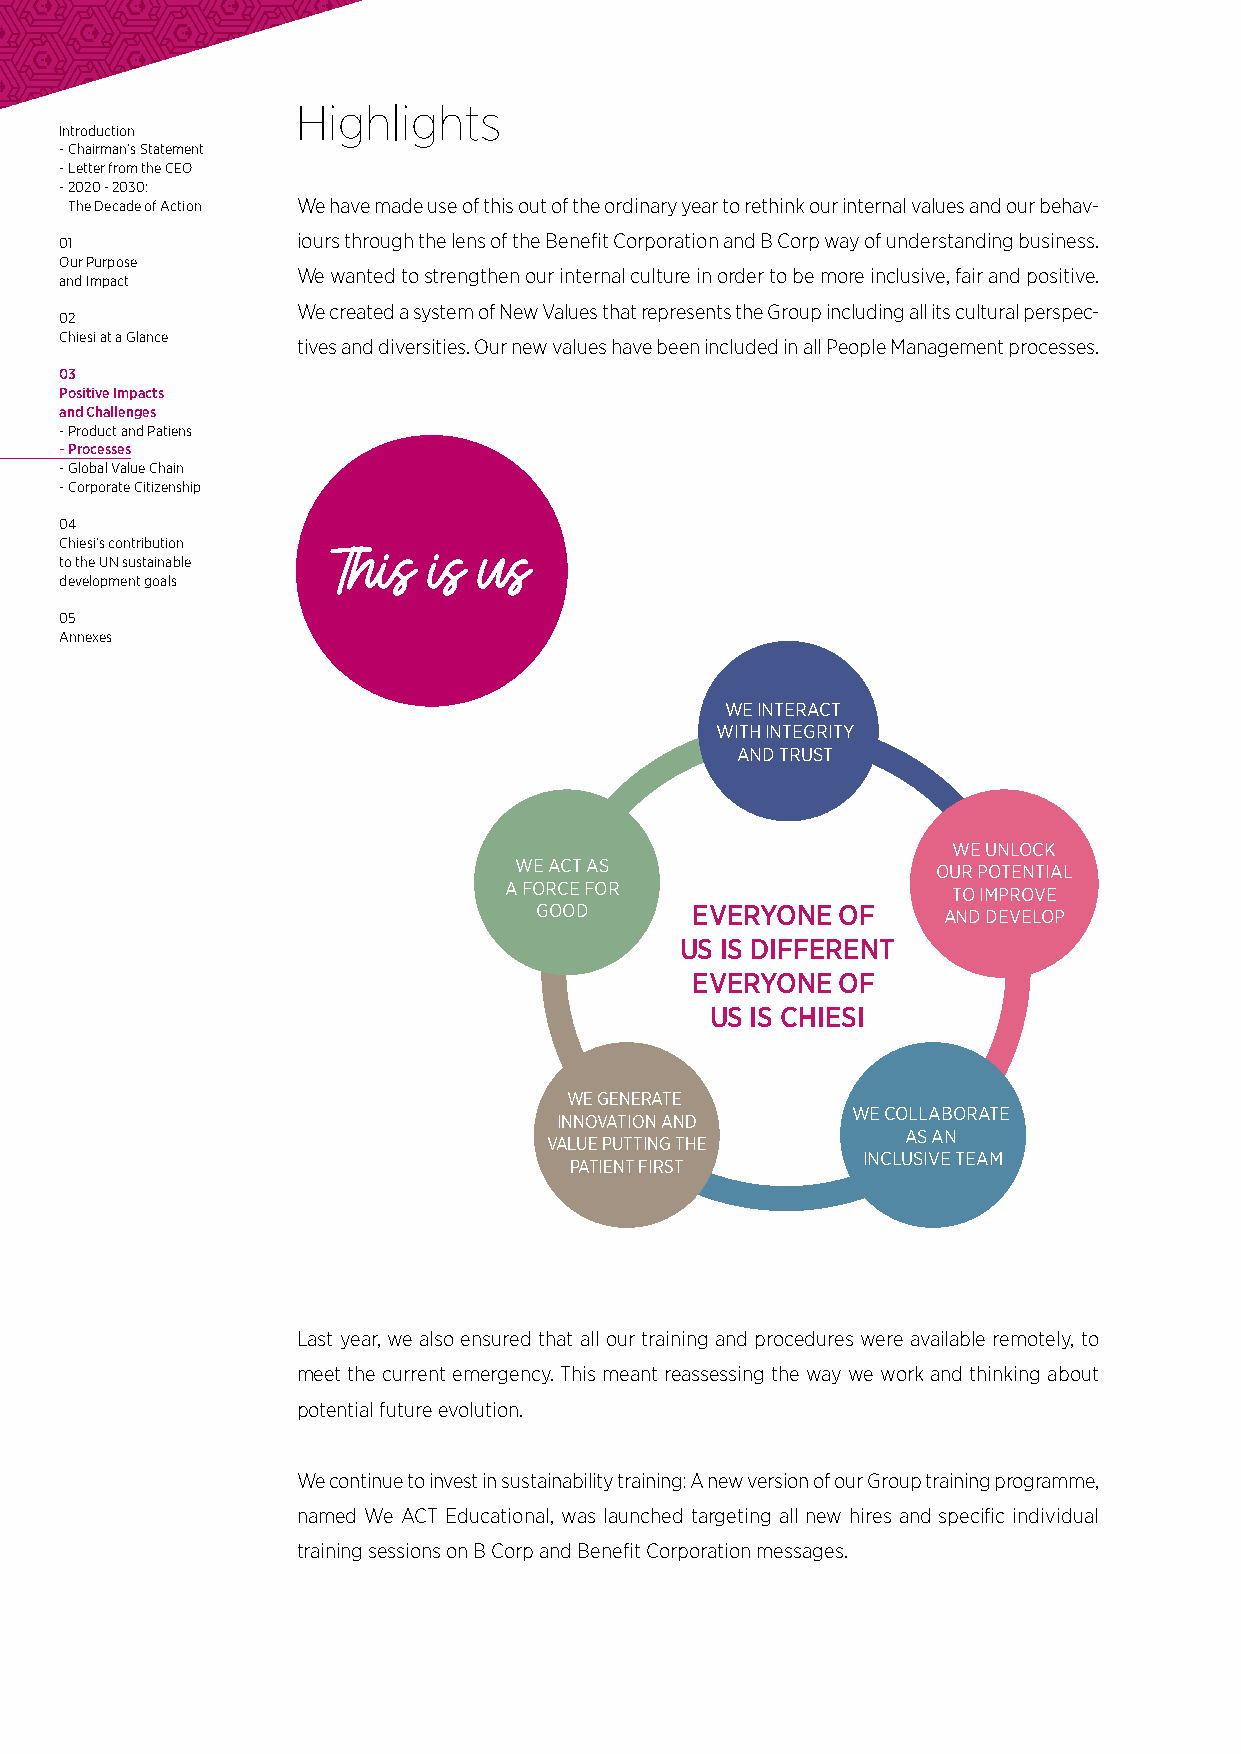
Highlights
 Introduction
 - Chairman’s Statement
 - Letter from the CEO
 - 2020 - 2030:
 The Decade of Action We have made use of this out of the ordinary year to rethink our internal values and our behav-
 01              iours through the lens of the Benefit Corporation and B Corp way of understanding business.
 Our Purpose
 We wanted to strengthen our internal culture in order to be more inclusive, fair and positive.
 and Impact
 We interact
 02
 We created a system of New Values that represents the Group including all witsi tchu litnutreagl prietryspec-
 Chiesi at a Glance tives and diversities. Our new values have been included in all People Manageamnden ttr pursotcesses.
 03
 Positive Impacts
 and Challenges
 - Product and Patiens
 - Processes                                                               We unlock
 We act as
 - Global Value Chain                                                     our potential
 - Corporate Citizenship                      a force
 to improve
 for good
 04                                                                       and develop
 EVERYONE
 Chiesi’s contribution
 to the UN sustainable                                  OF US IS DIFFERENT
 Tdevelophment goialss is us                               EVERYONE
 OF US IS CHIESI
 05
 Annexes
 WE INTEWRAeC gT enerate
 WITH INiTnEnGoRvIaTtYion and We collaborate
 AND T vR aU lS uT e putting as an inclusive
 the patient first     team
 WE UNLOCK
 WE ACT AS                   OUR POTENTIAL
 A FORCE FOR                   TO IMPROVE
 GOOD       EVERYONE  OF    AND DEVELOP
 US IS DIFFERENT
 EVERYONE  OF
 US IS CHIESI
 6,389
 3,162
 53%
 Total workforWceE GENERATE
 WE COLLABORATE women
 INNOVATION AND 5,967 *
 AS AN
 VALUE PUTTING THE
 INCLUSIVE TEAM
 PATIENT FIRST Internal
 533             employees
 2,805
 47%
 External                              men
 collaborators
 Last year, we also ensured that all our training and procedures were available remotely, to
 meet the current emergencDy.i vTehrissit my Leeaandt erresa ssessing the way we work and t6 hi4 nk% ing about
 Award
 women in R&D
 potential future evolution.
 We continue to invest in sustainability training: A new version of our Group training programme,
 48                          286,247
 named We ACT Educational, was launched targeting all new hires and specific individual
 average number of hours     total hours of training
 training sessions on B Corp oafn tdr aBineinnegfi pt eCro ermpoprlaotyieoen messages.
 47.7%                       27%
 executives between          of new hired in 2020
 30-50 years old             is under 30 years old